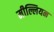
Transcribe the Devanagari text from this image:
मील्लियन